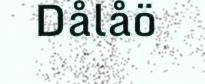
Dålåö